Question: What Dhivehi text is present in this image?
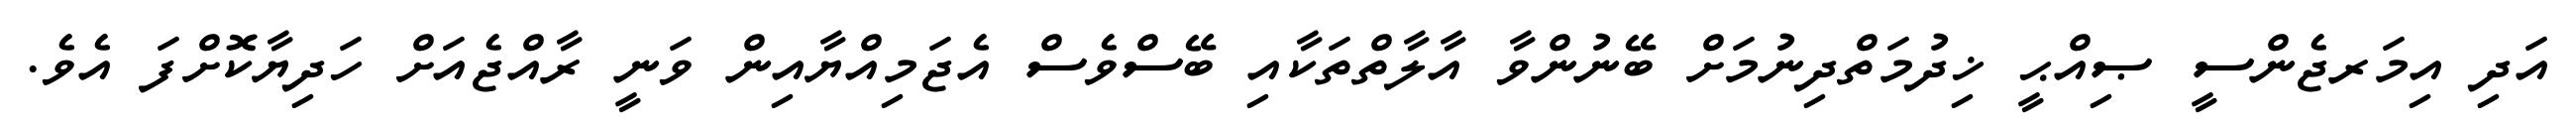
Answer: އަދި އިމަރޖެންސީ ޞިއްޙީ ޚިދުމަތްދިނުމަށް ބޭނުންވާ އާލާތްތަކާއި ބޭސްވެސް އެޖަމިއްޔާއިން ވަނީ ރާއްޖެއަށް ހަދިޔާކޮށްފަ އެވެ.